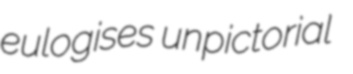
eulogises unpictorial